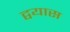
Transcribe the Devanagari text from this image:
द्वयास